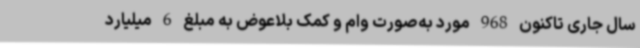
سال جاری تاکنون 968 مورد به‌صورت وام و کمک بلاعوض به مبلغ 6 میلیارد